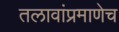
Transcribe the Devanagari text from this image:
तलावांप्रमाणेच